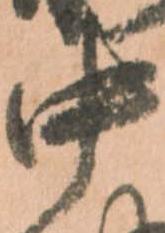
中